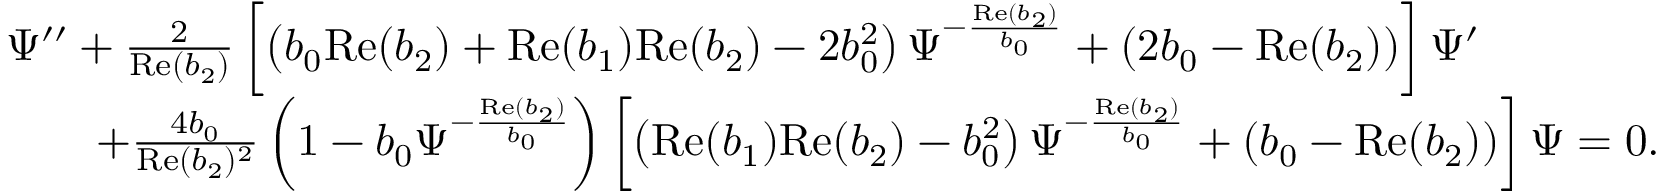
\begin{array} { r l } & { \Psi ^ { \prime \prime } + \frac { 2 } { \mathrm { R e } ( b _ { 2 } ) } \left[ \left( b _ { 0 } \mathrm { R e } ( b _ { 2 } ) + \mathrm { R e } ( b _ { 1 } ) \mathrm { R e } ( b _ { 2 } ) - 2 b _ { 0 } ^ { 2 } \right) \Psi ^ { - \frac { \mathrm { R e } ( b _ { 2 } ) } { b _ { 0 } } } + \left( 2 b _ { 0 } - \mathrm { R e } ( b _ { 2 } ) \right) \right] \Psi ^ { \prime } } \\ & { \qquad + \frac { 4 b _ { 0 } } { \mathrm { R e } ( b _ { 2 } ) ^ { 2 } } \left( 1 - b _ { 0 } \Psi ^ { - \frac { \mathrm { R e } ( b _ { 2 } ) } { b _ { 0 } } } \right) \left[ \left( \mathrm { R e } ( b _ { 1 } ) \mathrm { R e } ( b _ { 2 } ) - b _ { 0 } ^ { 2 } \right) \Psi ^ { - \frac { \mathrm { R e } ( b _ { 2 } ) } { b _ { 0 } } } + \left( b _ { 0 } - \mathrm { R e } ( b _ { 2 } ) \right) \right] \Psi = 0 . } \end{array}